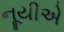
નૂયીએ